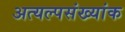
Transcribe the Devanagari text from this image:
अत्यल्पसंख्यांक